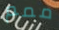
ممم